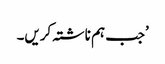
’جب ہم ناشتہ کریں۔